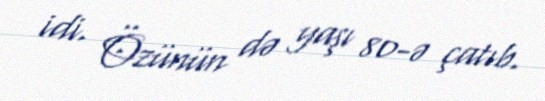
idi. Özünün də yaşı 80-ə çatıb.